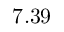
7 . 3 9